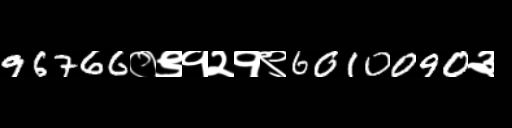
Text: 96766०९१२१९6010090३